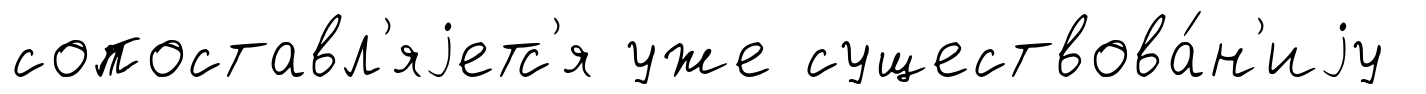
сопоставл'яjетс'я уже существова́н'иjу